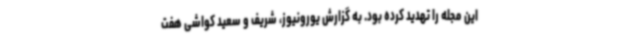
این مجله را تهدید کرده بود. به گزارش یورونیوز، شریف و سعید کواشی هفت